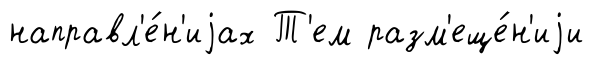
направл'е́н'иjах Т'ем разм'еще́н'иjи